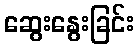
ဆွေးနွေးခြင်း